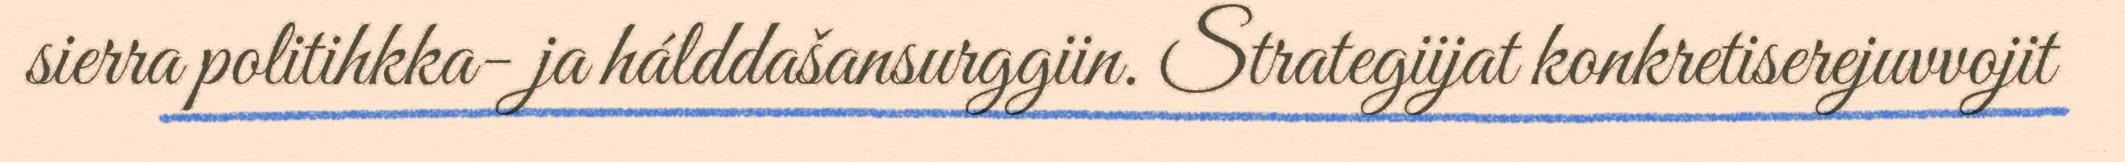
sierra politihkka- ja hálddašansurggiin. Strategiijat konkretiserejuvvojit